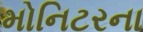
મોનિટરના